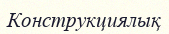
Конструкциялық